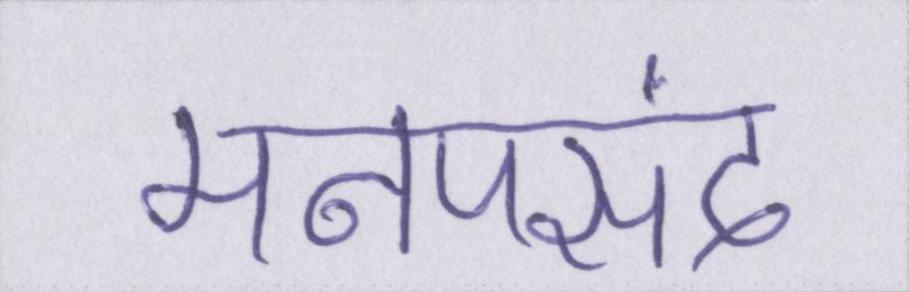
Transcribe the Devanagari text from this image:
मनपसंद